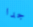
جدا